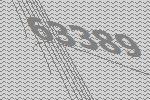
63389